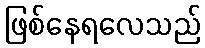
ဖြစ်နေရလေသည်